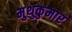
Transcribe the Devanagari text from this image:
मुथुकुमार